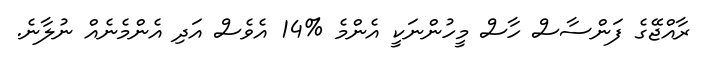
ރާއްޖޭގެ ފަންސާސް ހާސް މީހުންނަކީ އެންމެ %14 އެވެސް އަދި އެންމެނެއް ނުލާނެ.